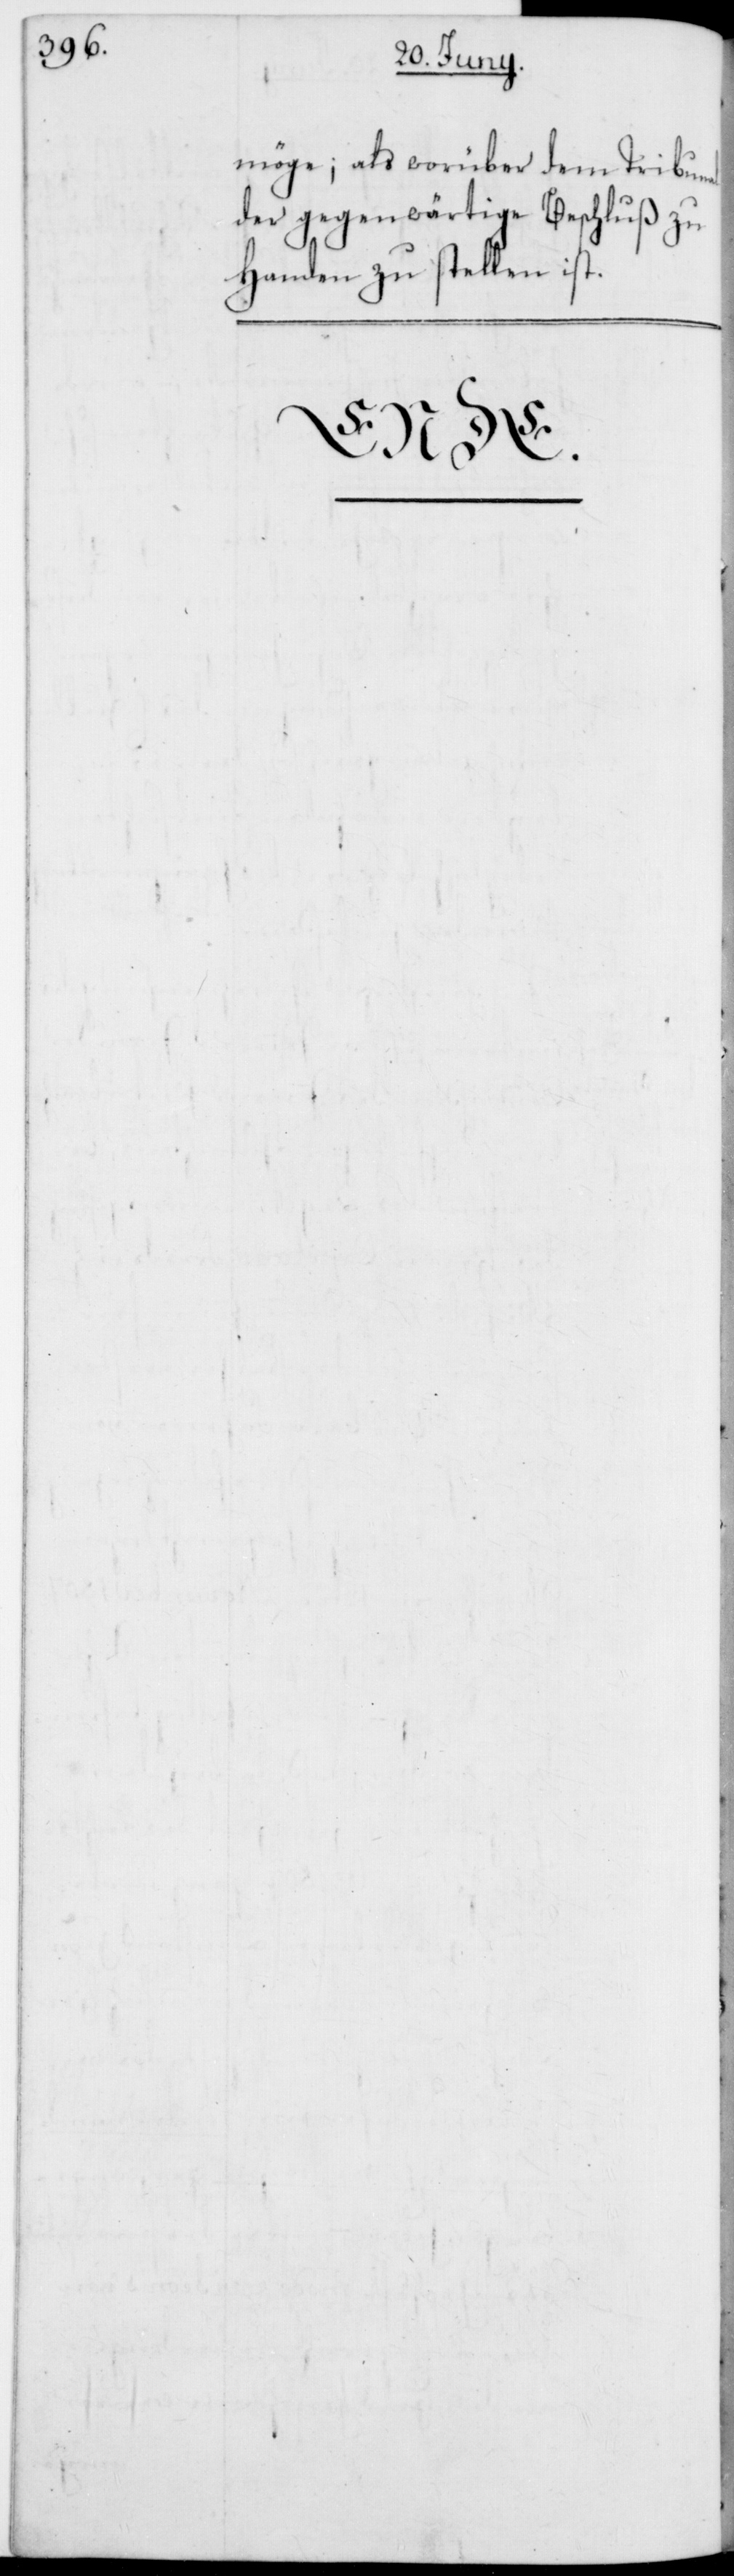
möge; als worüber dem Tribunal
der gegenwärtige Beschluß zu
Handen zu stellen ist.